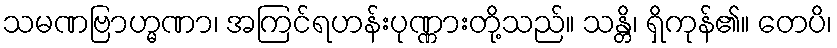
သမဏဗြာဟ္မဏာ၊ အကြင်ရဟန်းပုဏ္ဏားတို့သည်။ သန္တိ၊ ရှိကုန်၏။ တေပိ၊